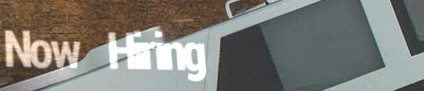
Now Hiring